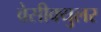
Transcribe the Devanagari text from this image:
वेसीक्युलर